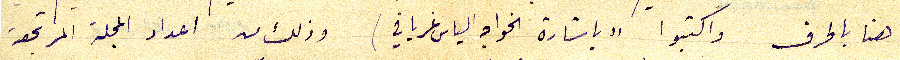
هنا بالحرف واكتبو "باشارة الخواجه الياس غريافي) وذلك من اعداد المجلة المرتجعة